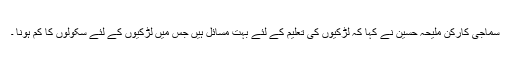
سماجی کارکن ملیحہ حسین نے کہا کہ لڑکیوں کی تعلیم کے لئے بہت مسائل ہیں جس میں لڑکیوں کے لئے سکولوں کا کم ہونا ۔